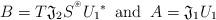
LaTeX: \begin{align*}B = T \mathfrak{J}_2 S^{{}^\circledast} {U_1}^*\,\,\, \textrm{and} \,\,\,A = \mathfrak{J}_1 U_1 \end{align*}